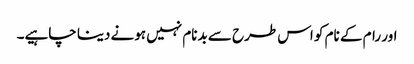
اور رام کے نام کو اس طرح سے بدنام نہیں ہونے دینا چاہیے۔